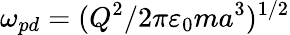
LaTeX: \omega_{pd}=(Q^{2}/2\pi\varepsilon_{0}ma^{3})^{1/2}